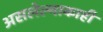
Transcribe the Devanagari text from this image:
असलेल्याकाही